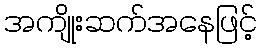
အကျိုးဆက်အနေဖြင့်